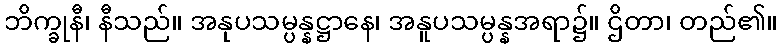
ဘိက္ခုနီ၊ နီသည်။ အနုပသမ္ပန္နဋ္ဌာနေ၊ အနူပသမ္ပန္နအရာ၌။ ဌိတာ၊ တည်၏။